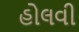
હોલવી